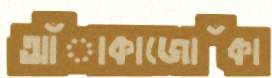
আঁাকাজোঁকা